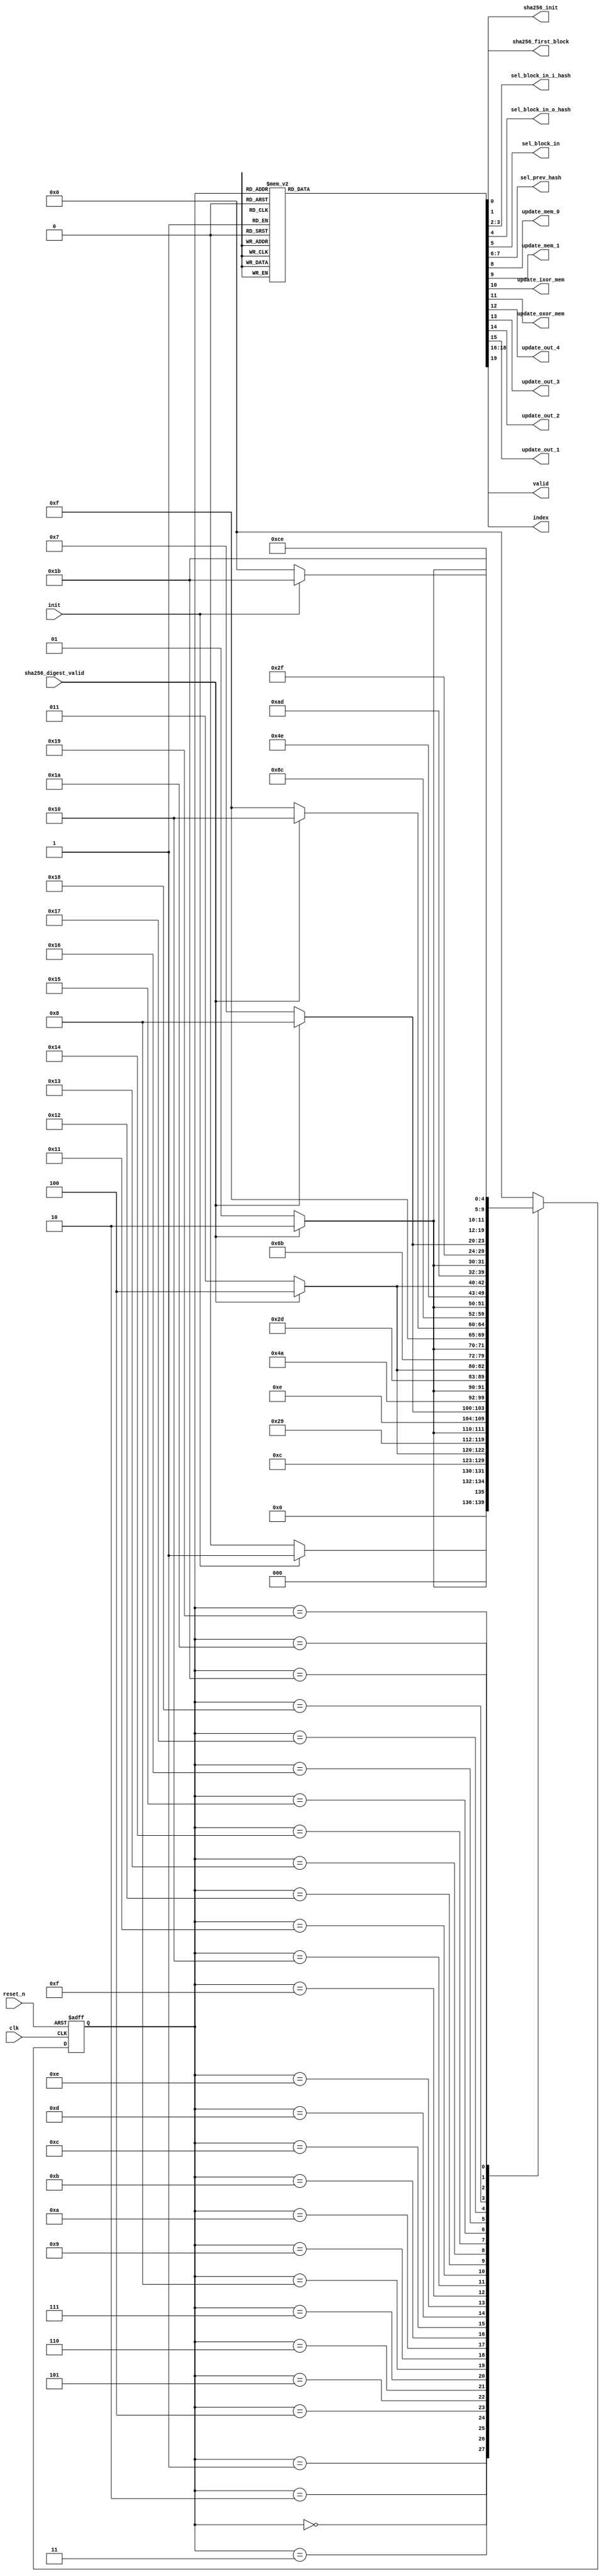
module pbkdf2_1_ct(
// inputs
		input	 	wire				clk						,
		input	 	wire				reset_n					,
		input	 	wire				init					,
		input	 	wire				sha256_digest_valid		,
// outputs	
		output 		wire				sha256_init				,
		output 		wire				sha256_first_block		,
		output 		wire	[1:0]		sel_block_in_i_hash		,
		output 		wire				sel_block_in_o_hash		,
		output 		wire				sel_block_in			,
		output 		wire	[1:0]		sel_prev_hash			,
		output 		wire				update_mem_0			,
		output 		wire				update_mem_1			,
		output 		wire				update_ixor_mem			,
		output 		wire				update_oxor_mem			,
		output		wire				update_out_4			,
		output		wire				update_out_3			,
		output		wire				update_out_2			,
		output		wire				update_out_1			,
		output 		wire	[2:0]		index					,		
		output		wire				valid			
);


// Parameters encoded state

	parameter	S0_IDLE 				= 	5'd0;
	parameter	S1_KHASH_0				=	5'd1;
	parameter	S2_STORE_KHASH_0		=	5'd2;
	parameter	S3_KHASH_1				=	5'd3;
	parameter	S4_STORE_KHASH_1		=	5'd4;
	parameter	S5_IHASH_0				=	5'd5;
	parameter	S6_STORE_IHASH_0		=	5'd6;
	parameter	S7_OHASH_0				=	5'd7;
	parameter	S8_STORE_OHASH_0		=	5'd8;
	parameter	S9_IHASH_1				=	5'd9;
	parameter	S10_STORE_IHASH_1		=	5'd10;
	parameter	S11_IHASH_2				=	5'd11;
	parameter	S12_STORE_IHASH_2		=	5'd12;
	parameter	S13_OHASH_1				=	5'd13;
	parameter	S14_STORE_OHASH_1		=	5'd14;
	parameter	S15_IHASH_3				=	5'd15;
	parameter	S16_STORE_IHASH_3		=	5'd16;
	parameter	S17_OHASH_2				=	5'd17;
	parameter	S18_STORE_OHASH_2		=	5'd18;
	parameter	S19_IHASH_4				=	5'd19;
	parameter	S20_STORE_IHASH_4		=	5'd20;
	parameter	S21_OHASH_3				=	5'd21;
	parameter	S22_STORE_OHASH_3		=	5'd22;
	parameter	S23_IHASH_5				=	5'd23;
	parameter	S24_STORE_IHASH_5		=	5'd24;
	parameter	S25_OHASH_4				=	5'd25;
	parameter	S26_STORE_OHASH_4		=	5'd26;
	parameter	S27_DONE				=	5'd27;
	
// Registers, wires, and assignment for current states management

// Registers
	reg		[4:0]	pbkdf2_state_reg;
	
// Wires
	wire 	[4:0]	pbkdf2_state_wire;

// Assignments

	assign 	pbkdf2_state_wire = pbkdf2_state_reg;
	
// Registers and wires for next states management

// Registers
	reg		[4:0]	pbkdf2_next_state_reg;
	
// Wires
	wire 	[4:0]	pbkdf2_next_state_wire;

// Assignment

	assign 	pbkdf2_next_state_wire = pbkdf2_next_state_reg;
	
// Registers and assignments for control signals

// Registers	
	
	reg				sha256_init_reg				;
	reg				sha256_first_block_reg		;
	reg		[1:0]	sel_block_in_i_hash_reg		;
	reg				sel_block_in_o_hash_reg		;
	reg				sel_block_in_reg			;
	reg		[1:0]	sel_prev_hash_reg			;
	reg				update_mem_0_reg			;
	reg				update_mem_1_reg			;
	reg				update_ixor_mem_reg			;
	reg				update_oxor_mem_reg			;
	reg				update_out_4_reg			;
	reg				update_out_3_reg			;
	reg				update_out_2_reg			;
	reg				update_out_1_reg			;
	reg 	[2:0]	index_reg	                ;
	reg				valid_reg					;
	
// Assignments
	assign	sha256_init 		= sha256_init_reg			;
	assign	sha256_first_block 	= sha256_first_block_reg	;
	assign	sel_block_in_i_hash = sel_block_in_i_hash_reg	;
	assign	sel_block_in_o_hash = sel_block_in_o_hash_reg	;
	assign	sel_block_in 		= sel_block_in_reg			;
	assign	sel_prev_hash 		= sel_prev_hash_reg			;
	assign	update_mem_0 		= update_mem_0_reg			;
	assign	update_mem_1 		= update_mem_1_reg			;
	assign	update_ixor_mem 	= update_ixor_mem_reg		;
	assign	update_oxor_mem 	= update_oxor_mem_reg		;
	assign	update_out_4 		= update_out_4_reg			;
	assign	update_out_3 		= update_out_3_reg			;
	assign	update_out_2 		= update_out_2_reg			;
	assign	update_out_1 		= update_out_1_reg			;
	assign	index 				= index_reg					;
	assign	valid				= valid_reg					;
	
// Always block for fsms
//flipflop update state
	always @(posedge clk or negedge reset_n)begin: update_state
		if(reset_n == 1'b0) begin
			pbkdf2_state_reg <= S0_IDLE;
		end
		else begin
			pbkdf2_state_reg <= pbkdf2_next_state_wire;
		end
	end	

//state change condition
	always @(pbkdf2_state_wire or init or sha256_digest_valid) begin: update_next_state
		case (pbkdf2_state_wire)
			S0_IDLE: begin
				if(init == 1'b1) begin
					pbkdf2_next_state_reg = S1_KHASH_0;
				end
				else begin
					pbkdf2_next_state_reg = S0_IDLE;
				end
			end
			S1_KHASH_0: begin
				if(sha256_digest_valid == 1'b1) begin
					pbkdf2_next_state_reg = S2_STORE_KHASH_0;
				end
				else begin
					pbkdf2_next_state_reg = S1_KHASH_0;
				end
			end
			S2_STORE_KHASH_0: begin
				pbkdf2_next_state_reg = S3_KHASH_1;
			end
			S3_KHASH_1: begin
				if(sha256_digest_valid == 1'b1) begin
					pbkdf2_next_state_reg = S4_STORE_KHASH_1;
				end
				else begin
					pbkdf2_next_state_reg = S3_KHASH_1;
				end
			end
			S4_STORE_KHASH_1: begin
				pbkdf2_next_state_reg = S5_IHASH_0;
			end
			S5_IHASH_0: begin
				if(sha256_digest_valid == 1'b1) begin
					pbkdf2_next_state_reg = S6_STORE_IHASH_0;
				end
				else begin
					pbkdf2_next_state_reg = S5_IHASH_0;
				end
			end
			S6_STORE_IHASH_0: begin
				pbkdf2_next_state_reg = S7_OHASH_0;
			end
			S7_OHASH_0: begin
				if(sha256_digest_valid == 1'b1) begin
					pbkdf2_next_state_reg = S8_STORE_OHASH_0;
				end
				else begin
					pbkdf2_next_state_reg = S7_OHASH_0;
				end			
			end
			S8_STORE_OHASH_0: begin
				pbkdf2_next_state_reg = S9_IHASH_1;
			end
			S9_IHASH_1: begin
				if(sha256_digest_valid == 1'b1) begin
					pbkdf2_next_state_reg = S10_STORE_IHASH_1;
				end
				else begin
					pbkdf2_next_state_reg = S9_IHASH_1;
				end		
			end
			S10_STORE_IHASH_1: begin
				pbkdf2_next_state_reg = S11_IHASH_2;
			end
			S11_IHASH_2: begin
				if(sha256_digest_valid == 1'b1) begin
					pbkdf2_next_state_reg = S12_STORE_IHASH_2;
				end
				else begin
					pbkdf2_next_state_reg = S11_IHASH_2;
				end		
			end
			S12_STORE_IHASH_2: begin
				pbkdf2_next_state_reg = S13_OHASH_1;
			end
			S13_OHASH_1: begin
				if(sha256_digest_valid == 1'b1) begin
					pbkdf2_next_state_reg = S14_STORE_OHASH_1;
				end
				else begin
					pbkdf2_next_state_reg = S13_OHASH_1;
				end		
			end
			S14_STORE_OHASH_1: begin
				pbkdf2_next_state_reg = S15_IHASH_3;
			end
			S15_IHASH_3: begin
				if(sha256_digest_valid == 1'b1) begin
					pbkdf2_next_state_reg = S16_STORE_IHASH_3;
				end
				else begin
					pbkdf2_next_state_reg = S15_IHASH_3;
				end		
			end
			S16_STORE_IHASH_3: begin
				pbkdf2_next_state_reg = S17_OHASH_2;
			end
			S17_OHASH_2: begin
				if(sha256_digest_valid == 1'b1) begin
					pbkdf2_next_state_reg = S18_STORE_OHASH_2;
				end
				else begin
					pbkdf2_next_state_reg = S17_OHASH_2;
				end		
			end
			S18_STORE_OHASH_2: begin
				pbkdf2_next_state_reg = S19_IHASH_4;
			end
			S19_IHASH_4: begin
				if(sha256_digest_valid == 1'b1) begin
					pbkdf2_next_state_reg = S20_STORE_IHASH_4;
				end
				else begin
					pbkdf2_next_state_reg = S19_IHASH_4;
				end		
			end
			S20_STORE_IHASH_4: begin
				pbkdf2_next_state_reg = S21_OHASH_3;
			end
			S21_OHASH_3: begin
				if(sha256_digest_valid == 1'b1) begin
					pbkdf2_next_state_reg = S22_STORE_OHASH_3;
				end
				else begin
					pbkdf2_next_state_reg = S21_OHASH_3;
				end		
			end
			S22_STORE_OHASH_3: begin
				pbkdf2_next_state_reg = S23_IHASH_5;
			end
			S23_IHASH_5: begin
				if(sha256_digest_valid == 1'b1) begin
					pbkdf2_next_state_reg = S24_STORE_IHASH_5;
				end
				else begin
					pbkdf2_next_state_reg = S23_IHASH_5;
				end		
			end
			S24_STORE_IHASH_5: begin
				pbkdf2_next_state_reg = S25_OHASH_4;
			end
			S25_OHASH_4: begin
				if(sha256_digest_valid == 1'b1) begin
					pbkdf2_next_state_reg = S26_STORE_OHASH_4;
				end
				else begin
					pbkdf2_next_state_reg = S25_OHASH_4;
				end		
			end
			S26_STORE_OHASH_4: begin
				pbkdf2_next_state_reg = S27_DONE;
			end
			S27_DONE: begin
				if(init == 1'b0) begin
					pbkdf2_next_state_reg = S0_IDLE;
				end
				else begin
					pbkdf2_next_state_reg = S27_DONE;
				end			
			end
			default: begin
				pbkdf2_next_state_reg = S0_IDLE;
			end
		endcase
	end
	
	always @(pbkdf2_state_wire) begin : output_state
		case (pbkdf2_state_wire)
			S0_IDLE: begin
				sha256_init_reg 		= 1'b0;
                sha256_first_block_reg 	= 1'b1;	// use constant for sha256 core
                sel_block_in_i_hash_reg = 2'd0;
                sel_block_in_o_hash_reg = 1'b0;
                sel_block_in_reg 		= 1'b0;	// choose IHASH - KHASH
                sel_prev_hash_reg 		= 2'd0;	// use constant - ignored
                update_mem_0_reg 		= 1'b0;	
                update_mem_1_reg 		= 1'b0;	
                update_ixor_mem_reg 	= 1'b0;	
                update_oxor_mem_reg 	= 1'b0;
				update_out_4_reg		= 1'b0;
				update_out_3_reg		= 1'b0;
				update_out_2_reg		= 1'b0;
				update_out_1_reg		= 1'b0;
                index_reg 				= 3'd0;	// don't use 
				valid_reg				= 1'b0;
			end
			S1_KHASH_0: begin
				sha256_init_reg 		= 1'b1; // run sha256 core
                sha256_first_block_reg 	= 1'b1;	// use constant for sha256 core
                sel_block_in_i_hash_reg = 2'd0;	// select high input bit
                sel_block_in_o_hash_reg = 1'b0;
                sel_block_in_reg 		= 1'b0;	// choose IHASH - KHASH
                sel_prev_hash_reg 		= 2'd0;	// use constant - ignored
                update_mem_0_reg 		= 1'b0;	
                update_mem_1_reg 		= 1'b0;	
                update_ixor_mem_reg 	= 1'b0;	
                update_oxor_mem_reg 	= 1'b0;
				update_out_4_reg		= 1'b0;
				update_out_3_reg		= 1'b0;
				update_out_2_reg		= 1'b0;
				update_out_1_reg		= 1'b0;	
                index_reg 				= 3'd0;	// don't use 
				valid_reg				= 1'b0;
			end
			S2_STORE_KHASH_0: begin
				sha256_init_reg 		= 1'b0;
                sha256_first_block_reg 	= 1'b0;	// use mux for prev_hash
                sel_block_in_i_hash_reg = 2'd1;	// select low input bit
                sel_block_in_o_hash_reg = 1'b0;	
                sel_block_in_reg 		= 1'b0;	// choose IHASH - KHASH
                sel_prev_hash_reg 		= 2'b0;	// select sha256_mem_0 as prev_hash
                update_mem_0_reg 		= 1'b1;	// update mem_0
                update_mem_1_reg 		= 1'b0;	
                update_ixor_mem_reg 	= 1'b0;	
                update_oxor_mem_reg 	= 1'b0;
				update_out_4_reg		= 1'b0;
				update_out_3_reg		= 1'b0;
				update_out_2_reg		= 1'b0;
				update_out_1_reg		= 1'b0;	
                index_reg 				= 3'd0;	// don't use 
				valid_reg				= 1'b0;
			end
			S3_KHASH_1: begin
				sha256_init_reg 		= 1'b1;	// run sha256 core
                sha256_first_block_reg 	= 1'b0;	// use mux for prev_hash
                sel_block_in_i_hash_reg = 2'd1;	// select low input bit
                sel_block_in_o_hash_reg = 1'b0;	
                sel_block_in_reg 		= 1'b0;	// choose IHASH - KHASH
                sel_prev_hash_reg 		= 2'b0;	// select sha256_mem_0 as prev_hash
                update_mem_0_reg 		= 1'b0;
                update_mem_1_reg 		= 1'b0;	
                update_ixor_mem_reg 	= 1'b0;	
                update_oxor_mem_reg 	= 1'b0;
				update_out_4_reg		= 1'b0;
				update_out_3_reg		= 1'b0;
				update_out_2_reg		= 1'b0;
				update_out_1_reg		= 1'b0;	
                index_reg 				= 3'd0;	// don't use
				valid_reg				= 1'b0;				
			end
			S4_STORE_KHASH_1: begin
				sha256_init_reg 		= 1'b0;	
                sha256_first_block_reg 	= 1'b1;	// use constant for sha256 core
                sel_block_in_i_hash_reg = 2'd2;	// select i_xor_wire as block_in
                sel_block_in_o_hash_reg = 1'b0;	
                sel_block_in_reg 		= 1'b0;	// choose IHASH - KHASH
                sel_prev_hash_reg 		= 2'd0;	// use constant for sha256 core
                update_mem_0_reg 		= 1'b1; // update mem_0
                update_mem_1_reg 		= 1'b0;	
                update_ixor_mem_reg 	= 1'b0;	
                update_oxor_mem_reg 	= 1'b0;
				update_out_4_reg		= 1'b0;
				update_out_3_reg		= 1'b0;
				update_out_2_reg		= 1'b0;
				update_out_1_reg		= 1'b0;	
                index_reg 				= 3'd0;	// don't use 
				valid_reg				= 1'b0;
			end
			S5_IHASH_0: begin
				sha256_init_reg 		= 1'b1;	// run sha256 core
                sha256_first_block_reg 	= 1'b1;	// use constant for sha256 core
                sel_block_in_i_hash_reg = 2'd2;	// select i_xor_wire as block_in
                sel_block_in_o_hash_reg = 1'b0;	
                sel_block_in_reg 		= 1'b0;	// choose IHASH - KHASH
                sel_prev_hash_reg 		= 2'd0;	// use constant for sha256 core
                update_mem_0_reg 		= 1'b0; 
                update_mem_1_reg 		= 1'b0;	
                update_ixor_mem_reg 	= 1'b0;	
                update_oxor_mem_reg 	= 1'b0;
				update_out_4_reg		= 1'b0;
				update_out_3_reg		= 1'b0;
				update_out_2_reg		= 1'b0;
				update_out_1_reg		= 1'b0;	
                index_reg 				= 3'd0;	// don't use 
				valid_reg				= 1'b0;
			end
			S6_STORE_IHASH_0: begin
				sha256_init_reg			= 1'b0;	
                sha256_first_block_reg 	= 1'b1;	// use constant for sha256 core
                sel_block_in_i_hash_reg = 2'd0;	
                sel_block_in_o_hash_reg = 1'b0;	// select o_xor_wire as block_in
                sel_block_in_reg 		= 1'b1;	// choose OHASH
                sel_prev_hash_reg 		= 2'd0;	// use constant for sha256 core
                update_mem_0_reg 		= 1'b0; 
                update_mem_1_reg 		= 1'b0;	
                update_ixor_mem_reg 	= 1'b1;	// update i_xor mem
                update_oxor_mem_reg 	= 1'b0;
				update_out_4_reg		= 1'b0;
				update_out_3_reg		= 1'b0;
				update_out_2_reg		= 1'b0;
				update_out_1_reg		= 1'b0;
                index_reg 				= 3'd0;	// don't use 
				valid_reg				= 1'b0;
			end
			S7_OHASH_0: begin
				sha256_init_reg 		= 1'b1;	
                sha256_first_block_reg 	= 1'b1;	// use constant for sha256 core
                sel_block_in_i_hash_reg = 2'd0;	
                sel_block_in_o_hash_reg = 1'b0;	// select o_xor_wire as block_in
                sel_block_in_reg 		= 1'b1;	// choose OHASH
                sel_prev_hash_reg 		= 2'd0;	// use constant for sha256 core
                update_mem_0_reg 		= 1'b0; 
                update_mem_1_reg 		= 1'b0;	
                update_ixor_mem_reg 	= 1'b0;
                update_oxor_mem_reg 	= 1'b0;
				update_out_4_reg		= 1'b0;
				update_out_3_reg		= 1'b0;
				update_out_2_reg		= 1'b0;
				update_out_1_reg		= 1'b0;
                index_reg 				= 3'd0;	// don't use
				valid_reg				= 1'b0;
			end
			S8_STORE_OHASH_0: begin
				sha256_init_reg 		= 1'b0;	
                sha256_first_block_reg 	= 1'b0;	// use mux for prev_hash
                sel_block_in_i_hash_reg = 2'd0;	// select input high bit as block_in
                sel_block_in_o_hash_reg = 1'b0;	
                sel_block_in_reg 		= 1'b0;	// choose IHASH-KHASH
                sel_prev_hash_reg 		= 2'd2;	// use sha256_ixor_mem_wire as prev_hash
                update_mem_0_reg 		= 1'b0; 
                update_mem_1_reg 		= 1'b0;	
                update_ixor_mem_reg 	= 1'b0;	
                update_oxor_mem_reg 	= 1'b1; // update o_xor mem
				update_out_4_reg		= 1'b0;
				update_out_3_reg		= 1'b0;
				update_out_2_reg		= 1'b0;
				update_out_1_reg		= 1'b0;
                index_reg 				= 3'd0;	// don't use 
				valid_reg				= 1'b0;
			end
			S9_IHASH_1: begin
				sha256_init_reg 		= 1'b1;	
                sha256_first_block_reg 	= 1'b0;	// use mux for prev_hash
                sel_block_in_i_hash_reg = 2'd0;	// select input high bit as block_in
                sel_block_in_o_hash_reg = 1'b0;	
                sel_block_in_reg 		= 1'b0;	// choose IHASH-KHASH
                sel_prev_hash_reg 		= 2'd2;	// use sha256_ixor_mem_wire as prev_hash
                update_mem_0_reg 		= 1'b0; 
                update_mem_1_reg 		= 1'b0;	
                update_ixor_mem_reg 	= 1'b0;	
                update_oxor_mem_reg 	= 1'b0;
				update_out_4_reg		= 1'b0;
				update_out_3_reg		= 1'b0;
				update_out_2_reg		= 1'b0;
				update_out_1_reg		= 1'b0;
                index_reg 				= 3'd0;	// don't use 
				valid_reg				= 1'b0;
			end
			S10_STORE_IHASH_1: begin
				sha256_init_reg 		= 1'b0;	
                sha256_first_block_reg 	= 1'b0;	// use mux for prev_hash
                sel_block_in_i_hash_reg = 2'd3;	// select block_index_wire as block_in
                sel_block_in_o_hash_reg = 1'b0;	
                sel_block_in_reg 		= 1'b0;	// choose IHASH-KHASH
                sel_prev_hash_reg 		= 2'd1;	// use sha256_mem_1_wire as prev_hash
                update_mem_0_reg 		= 1'b0; 
                update_mem_1_reg 		= 1'b1;	// update mem_1
                update_ixor_mem_reg 	= 1'b0;	
                update_oxor_mem_reg 	= 1'b0;
				update_out_4_reg		= 1'b0;
				update_out_3_reg		= 1'b0;
				update_out_2_reg		= 1'b0;
				update_out_1_reg		= 1'b0;
                index_reg 				= 3'd1;	// choose index 
				valid_reg				= 1'b0;
			end
			S11_IHASH_2: begin
				sha256_init_reg 		= 1'b1;	
                sha256_first_block_reg 	= 1'b0;	// use mux for prev_hash
                sel_block_in_i_hash_reg = 2'd3;	// select block_index_wire as block_in
                sel_block_in_o_hash_reg = 1'b1;	
                sel_block_in_reg 		= 1'b0;	// choose IHASH-KHASH
                sel_prev_hash_reg 		= 2'd1;	// use sha256_mem_1_wire as prev_hash
                update_mem_0_reg 		= 1'b0; 
                update_mem_1_reg 		= 1'b0;
                update_ixor_mem_reg 	= 1'b0;	
                update_oxor_mem_reg 	= 1'b0;
				update_out_4_reg		= 1'b0;
				update_out_3_reg		= 1'b0;
				update_out_2_reg		= 1'b0;
				update_out_1_reg		= 1'b0;
                index_reg 				= 3'd1;	// choose index 
				valid_reg				= 1'b0;
			end
			S12_STORE_IHASH_2: begin
				sha256_init_reg 		= 1'b0;	
                sha256_first_block_reg 	= 1'b0;	// use mux for prev_hash
                sel_block_in_i_hash_reg = 2'd3;	
                sel_block_in_o_hash_reg = 1'b1;	// select block_in_o_hash as block_in
                sel_block_in_reg 		= 1'b1;	// choose OHASH
                sel_prev_hash_reg 		= 2'd3;	// use sha256_oxor_mem_wire as prev_hash
                update_mem_0_reg 		= 1'b1;	// update mem_0 
                update_mem_1_reg 		= 1'b0;
                update_ixor_mem_reg 	= 1'b0;	
                update_oxor_mem_reg 	= 1'b0;
				update_out_4_reg		= 1'b0;
				update_out_3_reg		= 1'b0;
				update_out_2_reg		= 1'b0;
				update_out_1_reg		= 1'b0;
                index_reg 				= 3'd1;	// choose index 
				valid_reg				= 1'b0;
			end
			S13_OHASH_1: begin
				sha256_init_reg 		= 1'b1;	
                sha256_first_block_reg 	= 1'b0;	// use mux for prev_hash
                sel_block_in_i_hash_reg = 2'd3;	
                sel_block_in_o_hash_reg = 1'b1;	// select block_in_o_hash as block_in
                sel_block_in_reg 		= 1'b1;	// choose OHASH
                sel_prev_hash_reg 		= 2'd3;	// use sha256_oxor_mem_wire as prev_hash
                update_mem_0_reg 		= 1'b0;
                update_mem_1_reg 		= 1'b0;
                update_ixor_mem_reg 	= 1'b0;	
                update_oxor_mem_reg 	= 1'b0;
				update_out_4_reg		= 1'b0;
				update_out_3_reg		= 1'b0;
				update_out_2_reg		= 1'b0;
				update_out_1_reg		= 1'b0;
                index_reg 				= 3'd1;	// choose index 
				valid_reg				= 1'b0;
			end
			S14_STORE_OHASH_1: begin
				sha256_init_reg 		= 1'b0;	
                sha256_first_block_reg 	= 1'b0;	// use mux for prev_hash
                sel_block_in_i_hash_reg = 2'd3;	// select block_index_wire as block_in
                sel_block_in_o_hash_reg = 1'b1;	
                sel_block_in_reg 		= 1'b0;	// choose IHASH-KHASH
                sel_prev_hash_reg 		= 2'd1;	// use sha256_mem_1_wire as prev_hash
                update_mem_0_reg 		= 1'b0;
                update_mem_1_reg 		= 1'b0;
                update_ixor_mem_reg 	= 1'b0;	
                update_oxor_mem_reg 	= 1'b0;
				update_out_4_reg		= 1'b1;	// update out_seg_4
				update_out_3_reg		= 1'b0;
				update_out_2_reg		= 1'b0;
				update_out_1_reg		= 1'b0;
                index_reg 				= 3'd2;	// choose index 
				valid_reg				= 1'b0;
			end
			S15_IHASH_3: begin
				sha256_init_reg 		= 1'b1;	
                sha256_first_block_reg 	= 1'b0;	// use mux for prev_hash
                sel_block_in_i_hash_reg = 2'd3;	// select block_index_wire as block_in
                sel_block_in_o_hash_reg = 1'b0;	
                sel_block_in_reg 		= 1'b0;	// choose IHASH-KHASH
                sel_prev_hash_reg 		= 2'd1;	// use sha256_mem_1_wire as prev_hash
                update_mem_0_reg 		= 1'b0;
                update_mem_1_reg 		= 1'b0;
                update_ixor_mem_reg 	= 1'b0;	
                update_oxor_mem_reg 	= 1'b0;
				update_out_4_reg		= 1'b0;
				update_out_3_reg		= 1'b0;
				update_out_2_reg		= 1'b0;
				update_out_1_reg		= 1'b0;
                index_reg 				= 3'd2;	// choose index 
				valid_reg				= 1'b0;
			end
			S16_STORE_IHASH_3: begin
				sha256_init_reg 		= 1'b0;	
                sha256_first_block_reg 	= 1'b0;	// use mux for prev_hash
                sel_block_in_i_hash_reg = 2'd3;	
                sel_block_in_o_hash_reg = 1'b1;	// select block_o_hash_wire as block_in
                sel_block_in_reg 		= 1'b1;	// choose OHASH
                sel_prev_hash_reg 		= 2'd3;	// use sha256_oxor_mem_wire as prev_hash
                update_mem_0_reg 		= 1'b1;	// update mem_0
                update_mem_1_reg 		= 1'b0;
                update_ixor_mem_reg 	= 1'b0;	
                update_oxor_mem_reg 	= 1'b0;
				update_out_4_reg		= 1'b0;
				update_out_3_reg		= 1'b0;
				update_out_2_reg		= 1'b0;
				update_out_1_reg		= 1'b0;
                index_reg 				= 3'd2;	// choose index 
				valid_reg				= 1'b0;
			end
			S17_OHASH_2: begin
				sha256_init_reg 		= 1'b1;	
                sha256_first_block_reg 	= 1'b0;	// use mux for prev_hash
                sel_block_in_i_hash_reg = 2'd3;	
                sel_block_in_o_hash_reg = 1'b1;	// select block_o_hash_wire as block_in
                sel_block_in_reg 		= 1'b1;	// choose OHASH
                sel_prev_hash_reg 		= 2'd3;	// use sha256_oxor_mem_wire as prev_hash
                update_mem_0_reg 		= 1'b0;	
                update_mem_1_reg 		= 1'b0;
                update_ixor_mem_reg 	= 1'b0;	
                update_oxor_mem_reg 	= 1'b0;
				update_out_4_reg		= 1'b0;
				update_out_3_reg		= 1'b0;
				update_out_2_reg		= 1'b0;
				update_out_1_reg		= 1'b0;
                index_reg 				= 3'd2;	// choose index
				valid_reg				= 1'b0;				
			end
			S18_STORE_OHASH_2: begin
				sha256_init_reg 		= 1'b0;	
                sha256_first_block_reg 	= 1'b0;	// use mux for prev_hash
                sel_block_in_i_hash_reg = 2'd3;	// select block_index_wire as block_in
                sel_block_in_o_hash_reg = 1'b1;	
                sel_block_in_reg 		= 1'b0;	// choose IHASH-KHASH
                sel_prev_hash_reg 		= 2'd1;	// use sha256_mem_1_wire as prev_hash
                update_mem_0_reg 		= 1'b0;
                update_mem_1_reg 		= 1'b0;
                update_ixor_mem_reg 	= 1'b0;	
                update_oxor_mem_reg 	= 1'b0;
				update_out_4_reg		= 1'b0;
				update_out_3_reg		= 1'b1; // update out_seg_3
				update_out_2_reg		= 1'b0;
				update_out_1_reg		= 1'b0;
                index_reg 				= 3'd3;	// choose index	
				valid_reg				= 1'b0;				
			end
			S19_IHASH_4: begin
				sha256_init_reg 		= 1'b1;	
                sha256_first_block_reg 	= 1'b0;	// use mux for prev_hash
                sel_block_in_i_hash_reg = 2'd3;	// select block_index_wire as block_in
                sel_block_in_o_hash_reg = 1'b1;	
                sel_block_in_reg 		= 1'b0;	// choose IHASH-KHASH
                sel_prev_hash_reg 		= 2'd1;	// use sha256_mem_1_wire as prev_hash
                update_mem_0_reg 		= 1'b0;
                update_mem_1_reg 		= 1'b0;
                update_ixor_mem_reg 	= 1'b0;	
                update_oxor_mem_reg 	= 1'b0;
				update_out_4_reg		= 1'b0;
				update_out_3_reg		= 1'b0;
				update_out_2_reg		= 1'b0;
				update_out_1_reg		= 1'b0;
                index_reg 				= 3'd3;	// choose index	
				valid_reg				= 1'b0;
			end
			S20_STORE_IHASH_4: begin
				sha256_init_reg 		= 1'b0;	
                sha256_first_block_reg 	= 1'b0;	// use mux for prev_hash
                sel_block_in_i_hash_reg = 2'd3;	
                sel_block_in_o_hash_reg = 1'b1;	// select block_o_hash_wire as block_in
                sel_block_in_reg 		= 1'b1;	// choose OHASH
                sel_prev_hash_reg 		= 2'd3;	// use sha256_oxor_mem_wire as prev_hash
                update_mem_0_reg 		= 1'b1;	// update mem_0
                update_mem_1_reg 		= 1'b0;
                update_ixor_mem_reg 	= 1'b0;	
                update_oxor_mem_reg 	= 1'b0;
				update_out_4_reg		= 1'b0;
				update_out_3_reg		= 1'b0;
				update_out_2_reg		= 1'b0;
				update_out_1_reg		= 1'b0;
                index_reg 				= 3'd3;	// choose index	
				valid_reg				= 1'b0;
			end
			S21_OHASH_3: begin
				sha256_init_reg 		= 1'b1;	
                sha256_first_block_reg 	= 1'b0;	// use mux for prev_hash
                sel_block_in_i_hash_reg = 2'd3;	
                sel_block_in_o_hash_reg = 1'b1;	// select block_o_hash_wire as block_in
                sel_block_in_reg 		= 1'b1;	// choose OHASH
                sel_prev_hash_reg 		= 2'd3;	// use sha256_oxor_mem_wire as prev_hash
                update_mem_0_reg 		= 1'b0;	
                update_mem_1_reg 		= 1'b0;
                update_ixor_mem_reg 	= 1'b0;	
                update_oxor_mem_reg 	= 1'b0;
				update_out_4_reg		= 1'b0;
				update_out_3_reg		= 1'b0;
				update_out_2_reg		= 1'b0;
				update_out_1_reg		= 1'b0;
                index_reg 				= 3'd3;	// choose index
				valid_reg				= 1'b0;
			end
			S22_STORE_OHASH_3: begin
				sha256_init_reg 		= 1'b0;	
                sha256_first_block_reg 	= 1'b0;	// use mux for prev_hash
                sel_block_in_i_hash_reg = 2'd3;	// select block_index_wire as block_in
                sel_block_in_o_hash_reg = 1'b1;	
                sel_block_in_reg 		= 1'b0;	// choose IHASH-KHASH
                sel_prev_hash_reg 		= 2'd1;	// use sha256_mem_1_wire as prev_hash
                update_mem_0_reg 		= 1'b0;
                update_mem_1_reg 		= 1'b0;
                update_ixor_mem_reg 	= 1'b0;	
                update_oxor_mem_reg 	= 1'b0;
				update_out_4_reg		= 1'b0;
				update_out_3_reg		= 1'b0;
				update_out_2_reg		= 1'b1; // update out_seg_2
				update_out_1_reg		= 1'b0;
                index_reg 				= 3'd4;	// choose index
				valid_reg				= 1'b0;				
			end
			S23_IHASH_5: begin
				sha256_init_reg 		= 1'b1;	
                sha256_first_block_reg 	= 1'b0;	// use mux for prev_hash
                sel_block_in_i_hash_reg = 2'd3;	// select block_index_wire as block_in
                sel_block_in_o_hash_reg = 1'b1;	
                sel_block_in_reg 		= 1'b0;	// choose IHASH-KHASH
                sel_prev_hash_reg 		= 2'd1;	// use sha256_mem_1_wire as prev_hash
                update_mem_0_reg 		= 1'b0;
                update_mem_1_reg 		= 1'b0;
                update_ixor_mem_reg 	= 1'b0;	
                update_oxor_mem_reg 	= 1'b0;
				update_out_4_reg		= 1'b0;
				update_out_3_reg		= 1'b0;
				update_out_2_reg		= 1'b0;
				update_out_1_reg		= 1'b0;
                index_reg 				= 3'd4;	// choose index	
				valid_reg				= 1'b0;
			end
			S24_STORE_IHASH_5: begin
				sha256_init_reg 		= 1'b0;	
                sha256_first_block_reg 	= 1'b0;	// use mux for prev_hash
                sel_block_in_i_hash_reg = 2'd3;	
                sel_block_in_o_hash_reg = 1'b1;	// select block_o_hash_wire as block_in
                sel_block_in_reg 		= 1'b1;	// choose OHASH
                sel_prev_hash_reg 		= 2'd3;	// use sha256_oxor_mem_wire as prev_hash
                update_mem_0_reg 		= 1'b1;	// update mem_0
                update_mem_1_reg 		= 1'b0;
                update_ixor_mem_reg 	= 1'b0;	
                update_oxor_mem_reg 	= 1'b0;
				update_out_4_reg		= 1'b0;
				update_out_3_reg		= 1'b0;
				update_out_2_reg		= 1'b0;
				update_out_1_reg		= 1'b0;
                index_reg 				= 3'd4;	// choose index		
				valid_reg				= 1'b0;
			end
			S25_OHASH_4: begin
				sha256_init_reg 		= 1'b1;	
                sha256_first_block_reg 	= 1'b0;	// use mux for prev_hash
                sel_block_in_i_hash_reg = 2'd3;	
                sel_block_in_o_hash_reg = 1'b1;	// select block_o_hash_wire as block_in
                sel_block_in_reg 		= 1'b1;	// choose OHASH
                sel_prev_hash_reg 		= 2'd3;	// use sha256_oxor_mem_wire as prev_hash
                update_mem_0_reg 		= 1'b0;	
                update_mem_1_reg 		= 1'b0;
                update_ixor_mem_reg 	= 1'b0;	
                update_oxor_mem_reg 	= 1'b0;
				update_out_4_reg		= 1'b0;
				update_out_3_reg		= 1'b0;
				update_out_2_reg		= 1'b0;
				update_out_1_reg		= 1'b0;
                index_reg 				= 3'd4;	// choose index
				valid_reg				= 1'b0;
			end
			S26_STORE_OHASH_4: begin
				sha256_init_reg 		= 1'b0;	
                sha256_first_block_reg 	= 1'b0;	// use mux for prev_hash
                sel_block_in_i_hash_reg = 2'd3;	// select block_index_wire as block_in
                sel_block_in_o_hash_reg = 1'b1;	
                sel_block_in_reg 		= 1'b0;	// choose IHASH-KHASH
                sel_prev_hash_reg 		= 2'd1;	// use sha256_mem_1_wire as prev_hash
                update_mem_0_reg 		= 1'b0;
                update_mem_1_reg 		= 1'b0;
                update_ixor_mem_reg 	= 1'b0;	
                update_oxor_mem_reg 	= 1'b0;
				update_out_4_reg		= 1'b0;
				update_out_3_reg		= 1'b0;
				update_out_2_reg		= 1'b0; 
				update_out_1_reg		= 1'b1;	// update out_seg_1
                index_reg 				= 3'd4;	// choose index	
				valid_reg				= 1'b0;
			end
			S27_DONE: begin
				sha256_init_reg 		= 1'b0;	
                sha256_first_block_reg 	= 1'b0;	// use mux for prev_hash
                sel_block_in_i_hash_reg = 2'd3;	// select block_index_wire as block_in
                sel_block_in_o_hash_reg = 1'b1;	
                sel_block_in_reg 		= 1'b0;	// choose IHASH-KHASH
                sel_prev_hash_reg 		= 2'd1;	// use sha256_mem_1_wire as prev_hash
                update_mem_0_reg 		= 1'b0;
                update_mem_1_reg 		= 1'b0;
                update_ixor_mem_reg 	= 1'b0;	
                update_oxor_mem_reg 	= 1'b0;
				update_out_4_reg		= 1'b0;
				update_out_3_reg		= 1'b0;
				update_out_2_reg		= 1'b0; 
				update_out_1_reg		= 1'b0;
                index_reg 				= 3'd4;	// choose index	
				valid_reg				= 1'b1;
			end
			default: begin
				sha256_init_reg 		= 1'b0;
                sha256_first_block_reg 	= 1'b0;	// use constant for sha256 core
                sel_block_in_i_hash_reg = 2'd0;
                sel_block_in_o_hash_reg = 1'b0;
                sel_block_in_reg 		= 1'b0;	// choose IHASH - KHASH
                sel_prev_hash_reg 		= 1'b0;	// use constant - ignored
                update_mem_0_reg 		= 1'b0;	
                update_mem_1_reg 		= 1'b0;	
                update_ixor_mem_reg 	= 1'b0;	
                update_oxor_mem_reg 	= 1'b0;
				update_out_4_reg		= 1'b0;
				update_out_3_reg		= 1'b0;
				update_out_2_reg		= 1'b0;
				update_out_1_reg		= 1'b0;	
                index_reg 				= 3'd0;	// don't use 
				valid_reg				= 1'b0;
			end
		endcase
	end	
	
endmodule